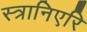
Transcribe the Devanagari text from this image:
स्त्रानिएरि